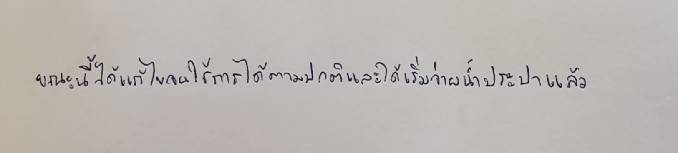
ขณะนี้ได้แก้ไขจนใช้การได้ตามปกติและได้เริ่มจ่ายน้ำประปาแล้ว